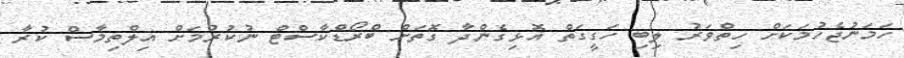
ހަމަނުޖެހުމަކަށް ހިތްވަރު ލިބި ހަގީގަތް އޮޅިގެންދާ ގޮތަށް ބްރޯޑްކާސްޓް ނުކުރުމަށް އިލްތިމާސް ކުރާ